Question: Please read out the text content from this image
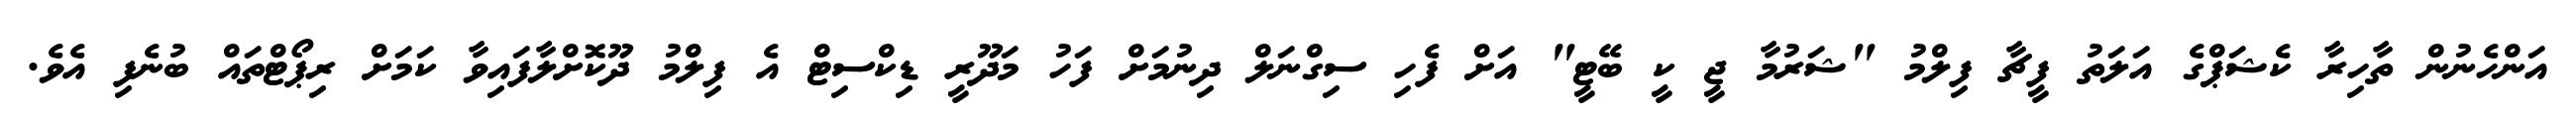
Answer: އަންހެނުން ތާހިރާ ކެޝަޕްގެ އަލަތު ފީޗާ ފިލްމު "ޝަރުމާ ޖީ ކީ ބޭޓީ" އަށް ފެހި ސިގްނަލް ދިނުމަށް ފަހު މަދޫރީ ޑިކްސިޓް އެ ފިލްމު ދޫކޮށްލާފައިވާ ކަމަށް ރިޕޯޓްތައް ބުނެފި އެވެ.